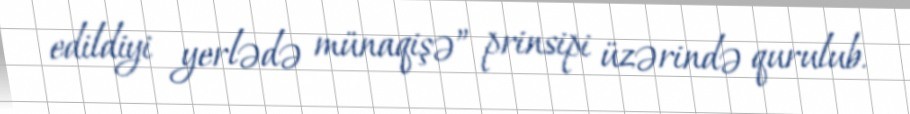
edildiyi yerlədə münaqişə” prinsipi üzərində qurulub.